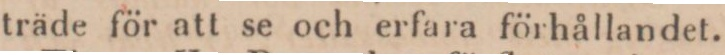
träde för att se och erfara förhållandet.